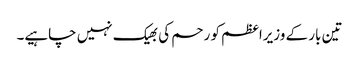
تین بار کے وزیراعظم کو رحم کی بھیک نہیں چاہیے۔